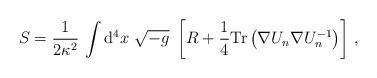
LaTeX: \begin{align*}S={\frac{1}{2\kappa^2}}\,\int {\mathrm{d^4}}x\ \sqrt{-{g}}\ \left [ {R}+ {1\over4} {\rm Tr} \left( \nabla U_n \nabla U_n^{-1} \right)\right] \,,\end{align*}